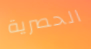
الحصرية